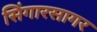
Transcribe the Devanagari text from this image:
सिंगारसागर